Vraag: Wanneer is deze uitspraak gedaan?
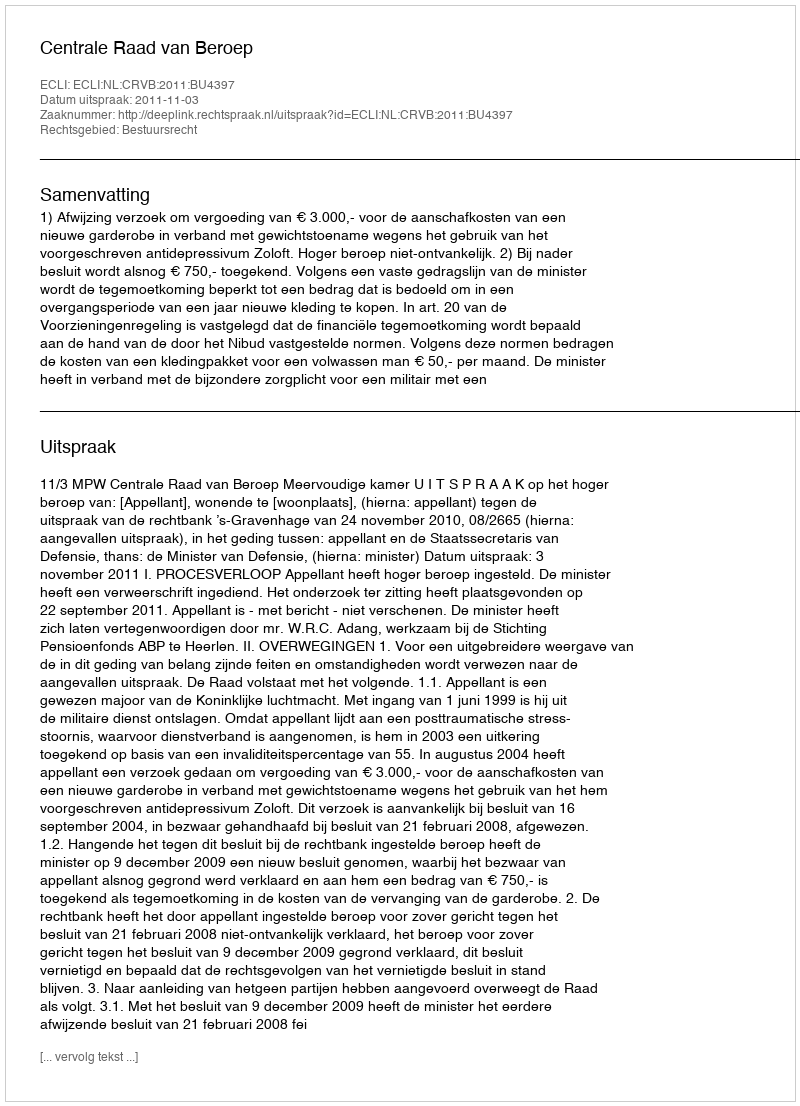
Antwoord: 2011-11-03